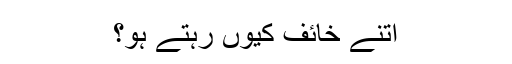
اتنے خائف کیوں رہتے ہو؟